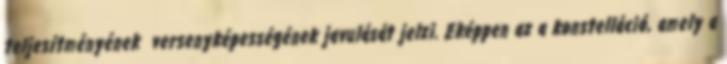
teljesítményének versenyképességének javulását jelzi. Eképpen az a konstelláció, amely a